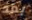
بعد